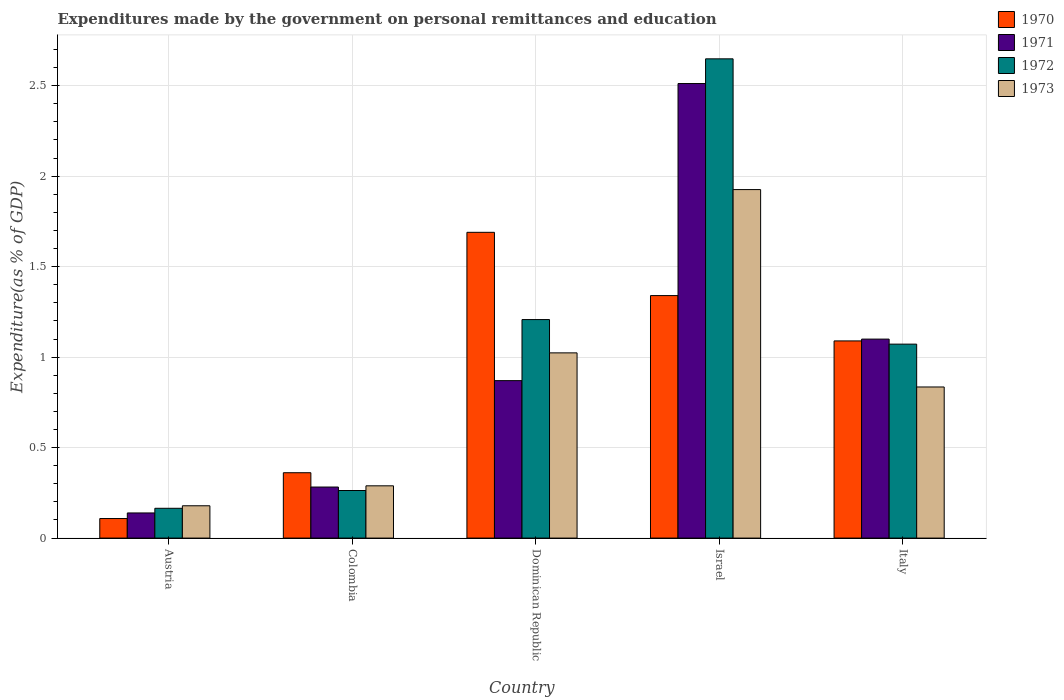
| Country | 1970 | 1971 | 1972 | 1973 |
 | --- | --- | --- | --- | --- |
 | Austria | 0.108 | 0.139 | 0.165 | 0.179 |
 | Colombia | 0.361 | 0.282 | 0.263 | 0.289 |
 | Dominican Republic | 1.69 | 0.87 | 1.21 | 1.02 |
 | Israel | 1.34 | 2.51 | 2.65 | 1.93 |
 | Italy | 1.09 | 1.1 | 1.07 | 0.835 |